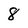
Character: 8